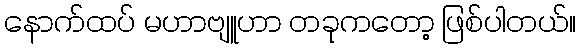
နောက်ထပ် မဟာဗျူဟာ တခုကတော့ ဖြစ်ပါတယ်။